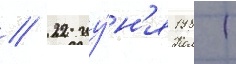
// 22 иу́н'я 1981